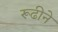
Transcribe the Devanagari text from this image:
रूढीने